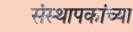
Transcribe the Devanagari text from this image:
संस्थापकांच्या